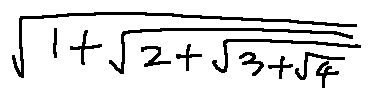
\sqrt { 1 + \sqrt { 2 + \sqrt { 3 + \sqrt { 4 } } } }